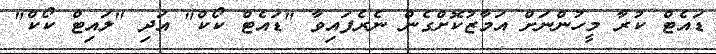
ޑައެޓް ކުރާ މީހުންނަށް އަމާޒުކޮށްގެން ނެރެފައިވާ "ޑައެޓް ކޯކް" އަދި "ލައިޓް ކޯކް"